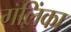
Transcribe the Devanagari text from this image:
गलिंका